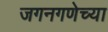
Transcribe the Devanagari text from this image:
जगनगणेच्या